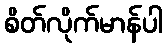
စိတ်လိုက်မာန်ပါ